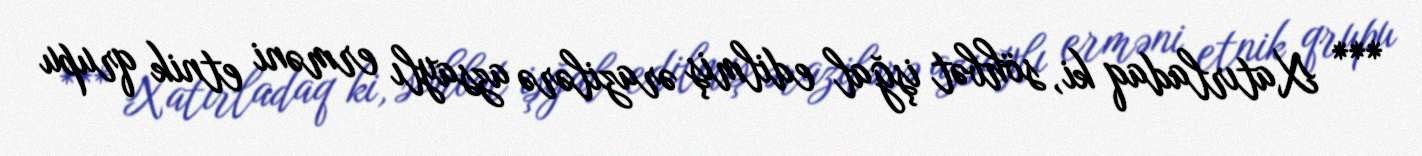
*** Xatırladaq ki, söhbət işğal edilmiş ərazilərə azsaylı erməni etnik qrupu